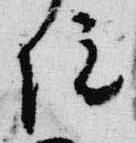
院